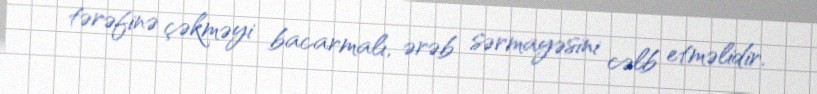
tərəfinə çəkməyi bacarmalı, ərəb sərmayəsini cəlb etməlidir.